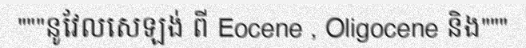
"""នូវែលសេឡង់ ពី Eocene , Oligocene និង"""